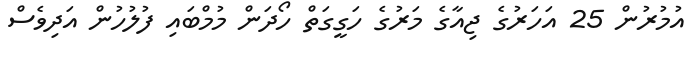
އުމުރުން 25 އަހަރުގެ ޖިއާގެ މަރުގެ ހަގީގަތް ހޯދަން މުމްބައި ފުލުހުން އަދިވެސް